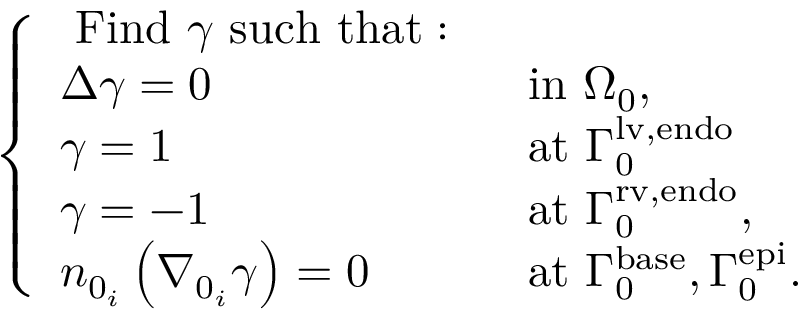
\left\{ \begin{array} { l l } { \mathrm { ~ F i n d ~ } \gamma \mathrm { ~ s u c h ~ t h a t : ~ } } & \\ { \Delta \gamma = 0 } & { \mathrm { ~ i n ~ } { \Omega } _ { 0 } , } \\ { \gamma = 1 } & { \mathrm { ~ a t ~ } { \Gamma } _ { 0 } ^ { \mathrm { l v , e n d o } } } \\ { \gamma = - 1 } & { \mathrm { ~ a t ~ } { \Gamma } _ { 0 } ^ { \mathrm { r v , e n d o } } , } \\ { n _ { 0 _ { i } } \left( \nabla _ { 0 _ { i } } \gamma \right) = 0 } & { \mathrm { ~ a t ~ } { \Gamma } _ { 0 } ^ { \mathrm { b a s e } } , { \Gamma } _ { 0 } ^ { \mathrm { e p i } } . } \end{array} \right.